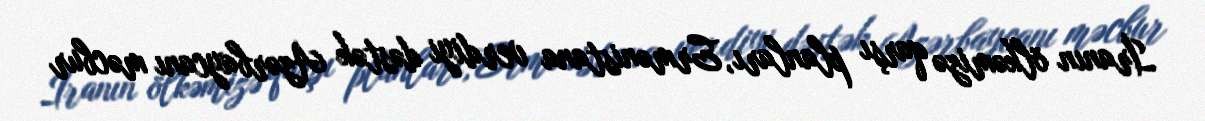
İranın ölkəmizə qarşı planları, Ermənistana verdiyi dəstək Azərbaycanı məcbur